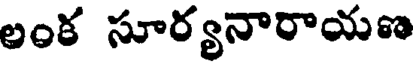
లంక సూర్యనారాయణ